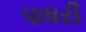
પાધરી